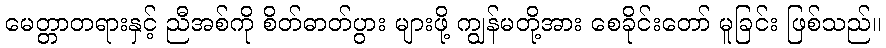
မေတ္တာတရားနှင့် ညီအစ်ကို စိတ်ဓာတ်ပွား များဖို့ ကျွန်မတို့အား စေခိုင်းတော် မူခြင်း ဖြစ်သည်။